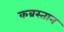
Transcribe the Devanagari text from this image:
कब्रस्‍तान